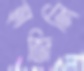
হাজিলি